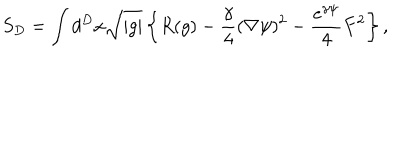
S _ { D } = \int d ^ { D } x \sqrt { | g | } \left\{ R ( g ) - \frac { \gamma } 4 ( \nabla \psi ) ^ { 2 } - \frac { e ^ { \gamma \psi } } 4 F ^ { 2 } \right\} ,